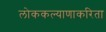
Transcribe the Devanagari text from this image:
लोककल्याणाकरिता